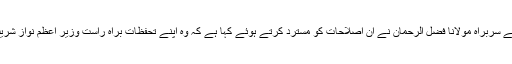
جمعیت علماء اسلام کے سربراہ مولانا فضل الرحمان نے ان اصلاحات کو مسترد کرتے ہوئے کہا ہے کہ وہ اپنے تحفظات براہ راست وزیر اعظم نواز شریف کو پیش کریں گے۔